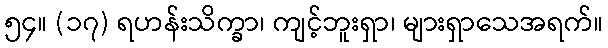
၅၄။ (၁၇) ရဟန်းသိက္ခာ၊ ကျင့်ဘူးရှာ၊ များရှာသေအရက်။